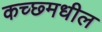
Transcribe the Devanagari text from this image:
कच्छ्मधील